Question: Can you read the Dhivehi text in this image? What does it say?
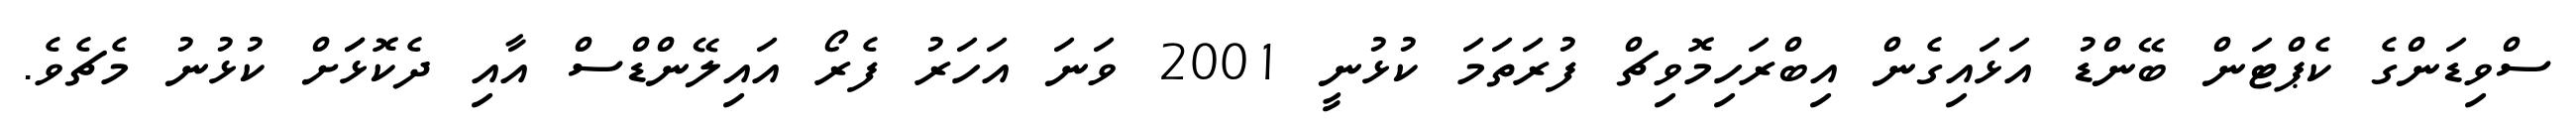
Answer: ސްވިޑަންގެ ކެޕްޓަން ބޭންޑު އަޅައިގެން އިބްރަހިމޮވިޗް ފުރަތަމަ ކުޅުނީ 2001 ވަނަ އަހަރު ފެރޯ އައިލޭންޑްސް އާއި ދެކޮޅަަށް ކުޅުނު މެޗެވެ.